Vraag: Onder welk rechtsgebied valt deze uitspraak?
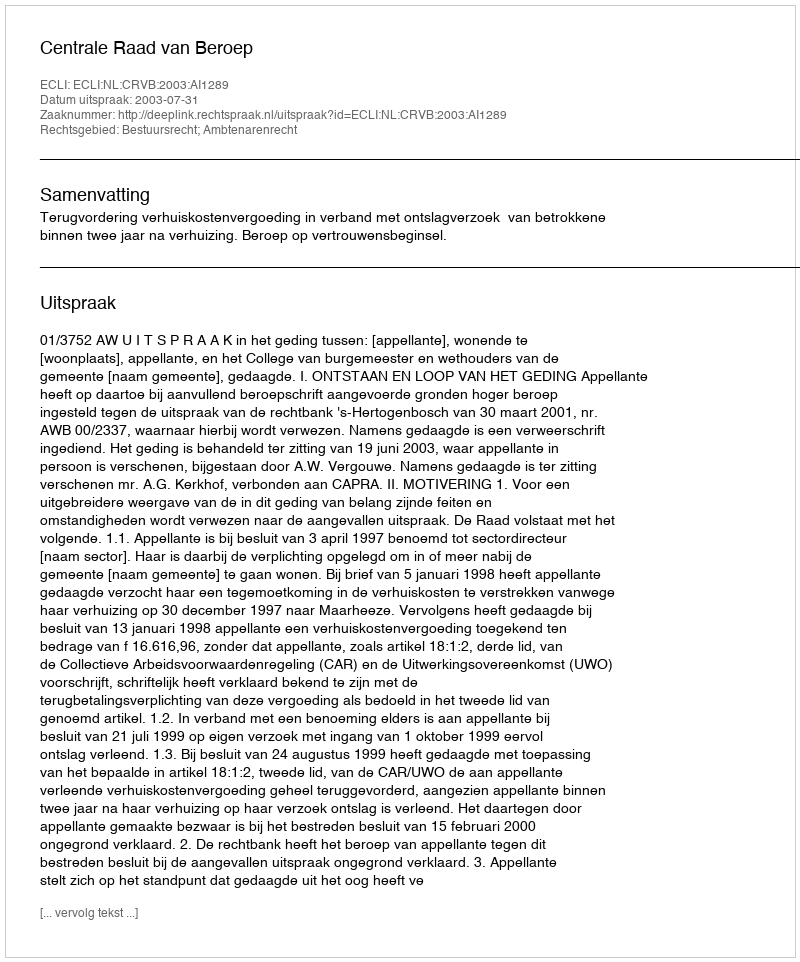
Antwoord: Bestuursrecht; Ambtenarenrecht